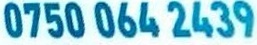
0750 064 2439